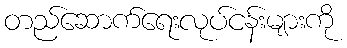
တည်ဆောက်ရေးလုပ်ငန်းများကို